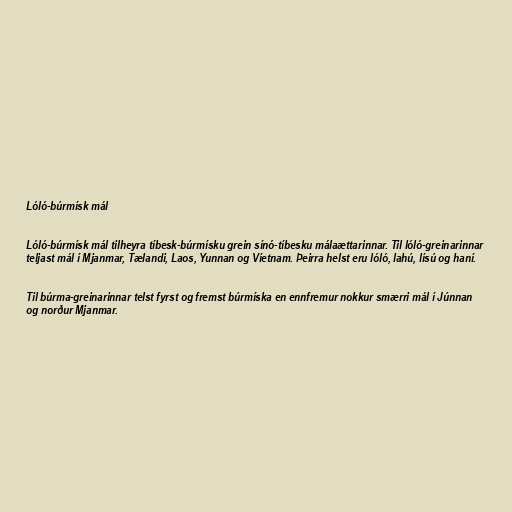
Lóló-búrmísk mál

Lóló-búrmísk mál tilheyra tíbesk-búrmísku grein sínó-tíbesku málaættarinnar. Til lóló-greinarinnar
teljast mál í Mjanmar, Tælandi, Laos, Yunnan og Víetnam. Þeirra helst eru lóló, lahú, lísú og haní.

Til búrma-greinarinnar telst fyrst og fremst búrmíska en ennfremur nokkur smærri mál í Júnnan
og norður Mjanmar.